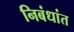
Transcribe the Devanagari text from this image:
निबंधांत